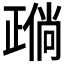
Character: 𬆈